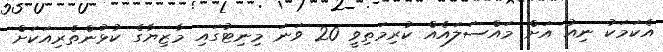
އެކަމަކު ނިއު އަށް މައްސަލައެއް ކުރިމަތިވީ 20 ވަނަ މިނިޓުގައި މާޒިޔާގެ ކުޅުންތެރިއަކަށް